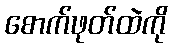
စောက်ဖုတ်ထဲကို